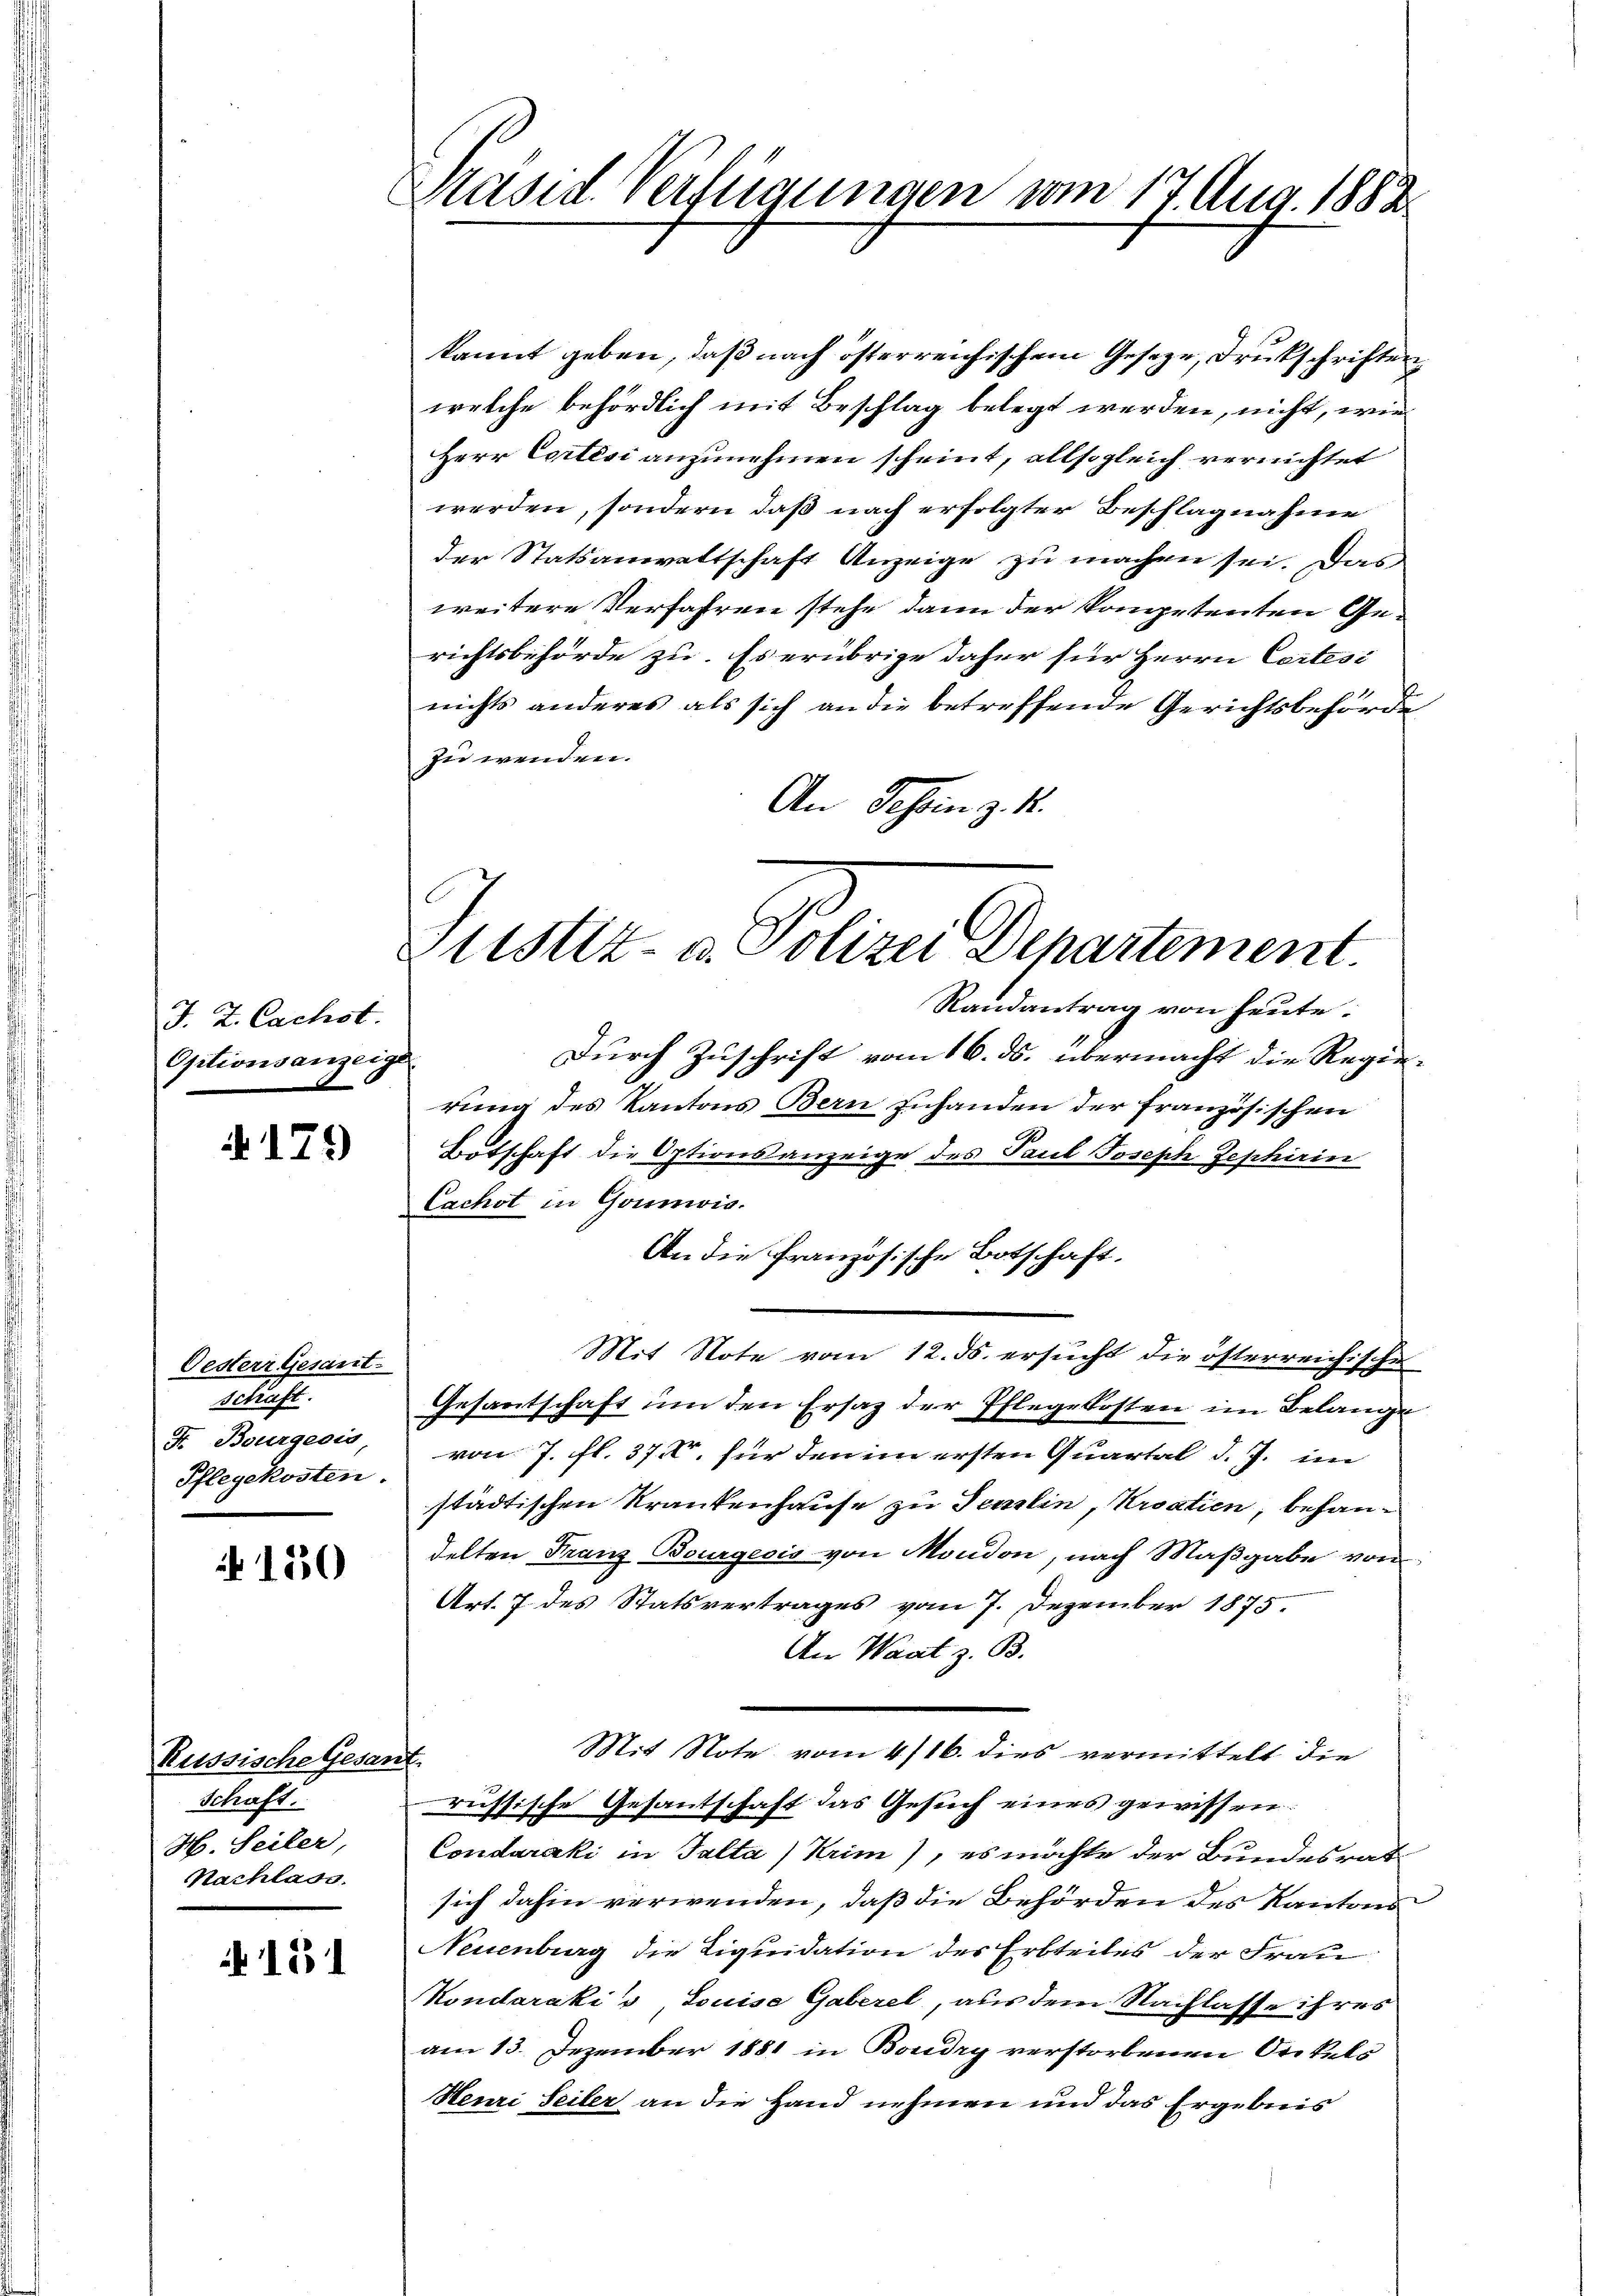
J. Z. Cachst.
Optionsanzeige

N 179

Oesterr Gesant.
schaft.
F. Bourgeois
Pflegekosten.

N 150

Russische Gesan
Schaft.
H. Seiler,
Nachlass.

N 151

Präsid. Verfügungen vom 17 Aug. 1883.

kannt geben, daß nach österreichischem Gesetze, Drukschriften
welche behördlich mit Beschlag belegt werden, nicht, wer¬
Herr Cortési anzunehmen scheint, allsogleich vernichtet
werden, sondern daß nach erfolgter Beschlagnahme
der Statsanwaltschaft Anzeige zu machen sei. Das
weitere Verfahren stehe dann der kompetenten Gerichtsbehörde zu. Es erübrige daher für Herrn Cartesi
nichts anderes als sich an die betreffende Gerichtsbehörde
zu wenden.
An Tessin z. B.
Randantrag von heute.
Durch Zuschrift vom 16. ds. übermacht die Regierung des Kantons Bern Inhanden der französischen
Botschaft die Optionsanzeige des Paul Joseph Jephirin
Cachst in Gounwis.
An die französische Botschaft.
Mit Note vom 12. ds. ersucht die österreichische
Gesantschaft um den Ersatz der Pflegekosten im Belange
von 7. fl. 370, für den in ersten Quartal d. J. im
städtischen Krankenhause zu Semelin, Kroatien, behandelten Franz Bourgesis von Moudon, nach Maßgabe von
Art. 7 des Statsvertrages vom 7. Dezember 1875.
An Waat z. B.
Mit Note vom 4/16. dies vermittelt die
.
russische Gesantschaft das Gesuch eines gewissen:
Conduraki in Talta) Krim), es möchte der Bundesrat
sich dahin verwenden, daß die Behörden des Kantons
Neuenburg die Liquidation des Erbteiles der Frau
Kondaráki v Louise Gaberel, aus dem Nachlasse ihres
am 13. Dezember 1881 in Boudry verstorbenen Orikels
Henri Seiler an die Hand nehmen und das Ergebnis

Justiz- u. Polizei Departement.